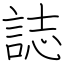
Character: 誌